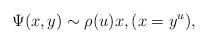
LaTeX: \begin{gather*} \Psi(x,y) \sim \rho(u) x, (x=y^u),\end{gather*}